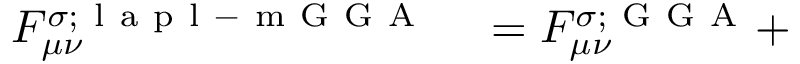
\begin{array} { r l } { F _ { \mu \nu } ^ { \sigma ; \mathrm { ~ l ~ a ~ p ~ l ~ - ~ m ~ G ~ G ~ A ~ } } } & { { } = F _ { \mu \nu } ^ { \sigma ; \mathrm { ~ G ~ G ~ A ~ } } + } \end{array}